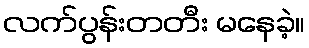
လက်ပွန်းတတီး မနေခဲ့။